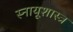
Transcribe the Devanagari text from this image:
स्नायूशास्त्र